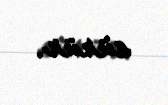
sürür.